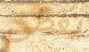
يغطى